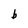
Character: b